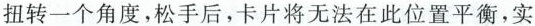
扭转一个角度，松手后，卡片将无法在此位置平衡，实